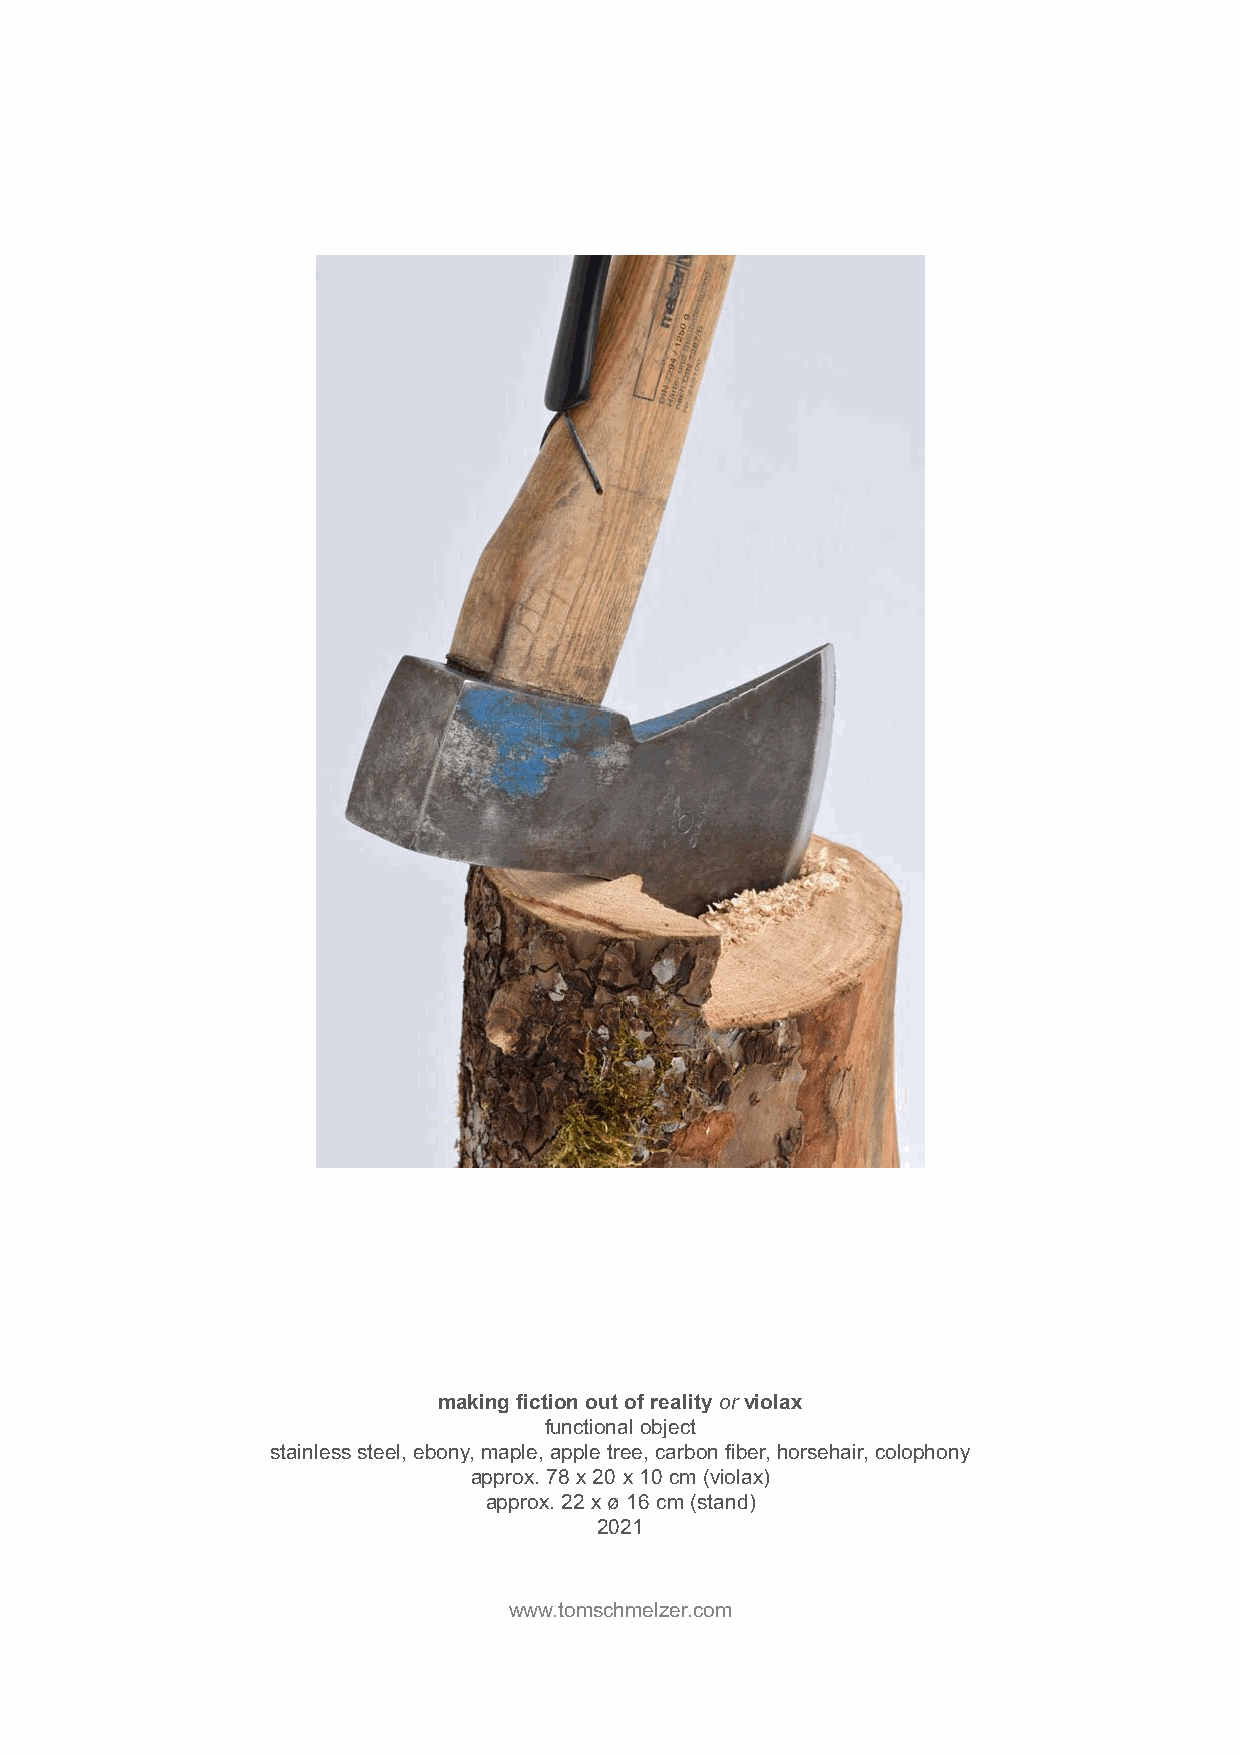
making fiction out of reality or violax
 functional object
 stainless steel, ebony, maple, apple tree, carbon fiber, horsehair, colophony
 approx. 78 x 20 x 10 cm (violax)
 approx. 22 x ø 16 cm (stand)
 2021
 www.tomschmelzer.com